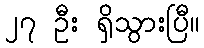
၂၇ ဦး ရှိသွားပြီ။